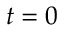
t = 0